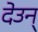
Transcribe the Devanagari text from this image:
देउन्